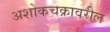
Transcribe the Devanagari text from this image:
अशोकचक्रावरील